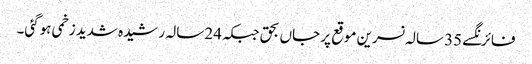
فائرنگسے 35 سالہ نسرین موقع پر جاں بحق جبکہ 24 سالہ رشیدہ شدید زخمی ہوگئی۔